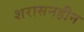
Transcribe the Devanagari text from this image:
शरासनहीन